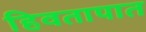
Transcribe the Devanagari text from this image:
हिवतापात